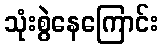
သုံးစွဲနေကြောင်း